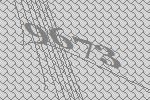
9673